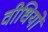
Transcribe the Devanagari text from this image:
वीधियों